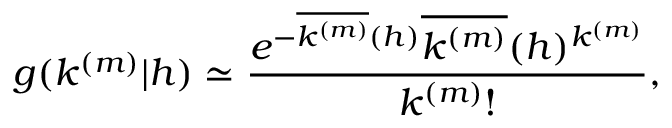
g ( k ^ { ( m ) } | h ) \simeq \frac { e ^ { - \overline { { k ^ { ( m ) } } } ( h ) } \overline { { k ^ { ( m ) } } } ( h ) ^ { k ^ { ( m ) } } } { k ^ { ( m ) } ! } ,